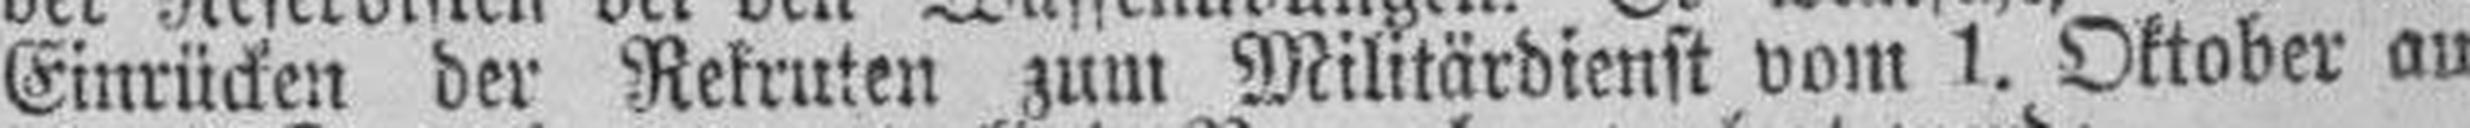
Einrücken der Rekruten zum Militärdienst vom 1. Oktober an